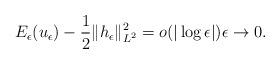
LaTeX: \begin{align*}E_{\epsilon}(u_{\epsilon})-\frac{1}{2}\|h_{\epsilon}\|_{L^2}^2=o(|\log\epsilon|)\epsilon\to 0.\end{align*}